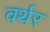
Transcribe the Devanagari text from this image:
वर्थर